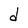
Character: d